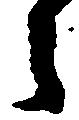
之